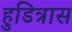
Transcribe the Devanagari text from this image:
हुडित्रास